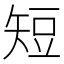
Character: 短